Statistical return of the lunatic asylum in Assam - 1912-1932
Year: 1912
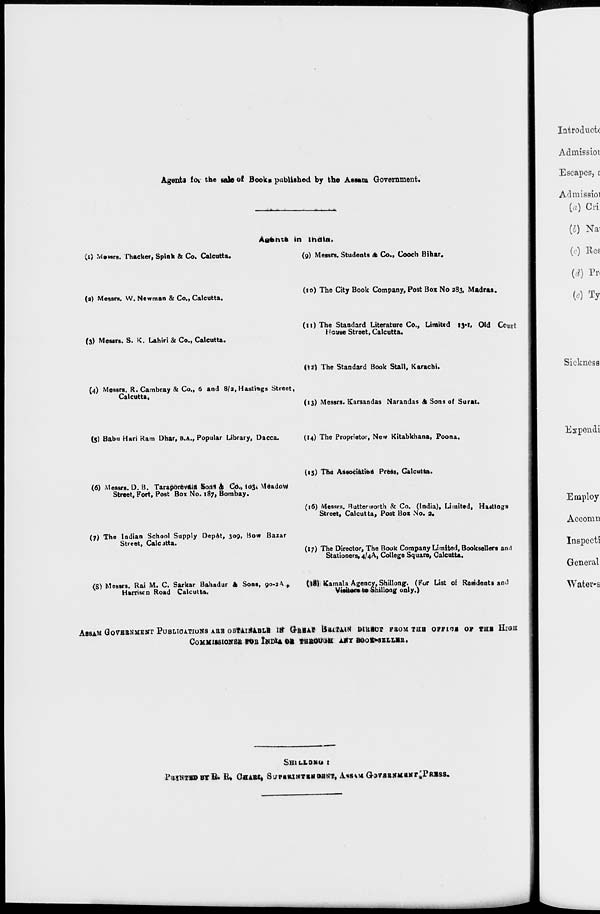
Agents fOK the sale of Book* published by the Assam Government.
Asents in India,
(i) Mews. Thacker, Spink & Co. Calcutta.
(9) Messrs. Students 4 Co., Cooch Bihar.
(a) Messrs. W. Newman & Co., Calcutta.
(10) The City Book Company, Post Box No 283, Madras.
(3) Messrs. S. K. Lahiri & Co., Calcutta.
(11) The Standard Literature Co., Limited 13-1, Old Court
House Street, Calcutta,
(13) The Standard Book Stall, Karachi.
(4) Messrs. R.Cambray & Co., 6 and 8/2, Hastings Street,
Calcutta,
(13) Messrs. Karsandas Narandas & Sons of Surat.
(5) Babu Hari Ram Dhar, B.A., Popular Library, Dacca.
(14) The Proprietor, New Kitabkhana, Poona.
(6) Messrs. D. B. Taraporevaia Sons & Co., «d3» MeadoW
Street, Fort, Post Box No. 187, Bombay.
(15) The Association Press, Calcutta.
(16) Messrs. Gutter worth & Co. (India), Limited, Hastings
Street, Calcutta, Post Box No. 3.
(7) The Indian School Supply Depet, 309, Bow Bazar
Street, Calcitta.
(17) The Director, The Book Company Limited, Booksellers and
Stationers, 4/4A, College Square, Calcutta.
IS) Messrs Rai M. C. Sarkar Bahadur & Sons, 90-2 A,
(|8) Kamala Agency, Shillong. (For List of Residents and
Harriscn Road Calcutta.
Visitor* to Shillong only.)
ASSAM GOV-BBNMENT PUBLICATIONS ABB OB*AI*JLBI,B ttf G-BBA* tSattAiN MBBOT FBOM THB OFFI<JB OF THB HIOH
CoHltllSIONBB FOIi I»DU OB TUBOUCIH AKY BOOK-SELLBlt.
SHILLONO :
P t»NTUD BY ii. It. (JflABI, SjPtWMT«MOBNT f A*8^MG37BB»MaHT;PRBSS.